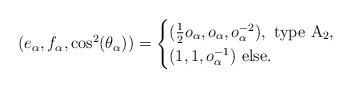
LaTeX: \begin{align*} (e_{\alpha}, f_{\alpha}, \cos^2(\theta_{\alpha}) ) = \begin{cases} (\frac{1}{2} o_{\alpha}, o_{\alpha}, o_{\alpha}^{-2}), \mbox{ type $\mathrm{A}_2$}, \\(1, 1, o_{\alpha}^{-1}) \mbox{ else}. \end{cases} \end{align*}